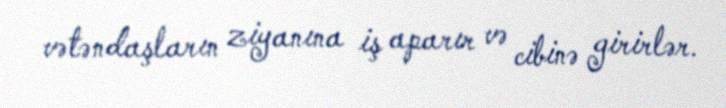
vətəndaşların ziyanına iş aparır və cibinə girirlər.